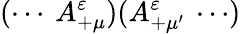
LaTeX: (\cdots\: A_{+\mu}^{\varepsilon})(A_{+\mu^{\prime}}^{\varepsilon}\: \cdots)